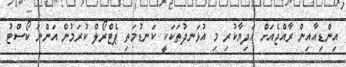
އިންޑިއާއިން ރާއްޖެއަށް ހަދިޔާކުރި މި އުޅަނދުތަކަކީ ކަނޑުމަތި ޕެޓްރޯލް ކުރަމުން އަންނަ ކޯސްޓު